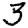
Digit: 3